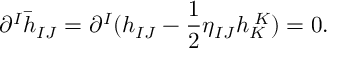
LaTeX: \partial ^ { I } \bar { h } _ { I J } = \partial ^ { I } ( h _ { I J } - \frac { 1 } { 2 } \eta _ { I J } h _ { K } ^ { \; K } ) = 0 .